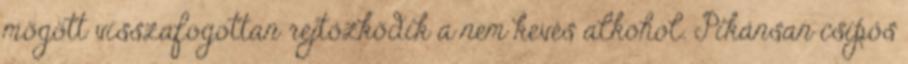
mögött visszafogottan rejtőzködik a nem kevés alkohol. Pikánsan csípős